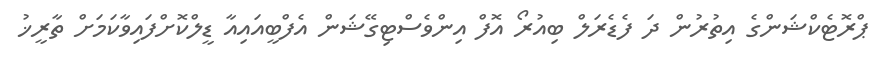
ޕްރޮޓެކްޝަންގެ އިތުރުން ދަ ފެޑެރަލް ބިއުރޯ އޮފް އިންވެސްޓިގޭޝަން އެފްބީއައިއާ ޑީލްކޮށްފައިވާކަމަށް ތާރީޚު